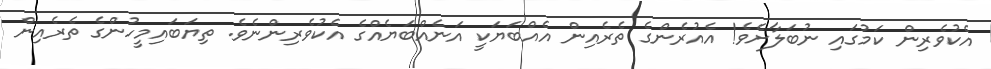
އެކުވެރިން ކަމުގައި ނުބަލާށެވެ! އެއުރެންގެ ތެރެއިން އެއްބަޔަކީ އަނެއްބަޔެއްގެ އެކުވެރިންނެވެ. ތިޔަބައިމީހުންގެ ތެރެއިން